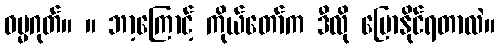
ဓမ္မဂုတ်။ ။ ဘာ့ကြောင့် ကိုယ်တော်က ဒီလို ပြောနိုင်ရတာလဲ။